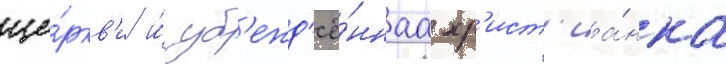
це́ркв'и и́ уб'ежд'ё́ннаа хр'ист'иа́нка